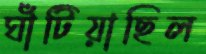
ঘাঁটিয়াছিল